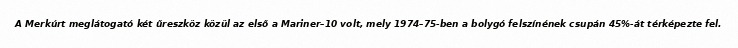
A Merkúrt meglátogató két űreszköz közül az első a Mariner–10 volt, mely 1974–75-ben a bolygó felszínének csupán 45%-át térképezte fel.